Scottish Certificate of Education, 1963
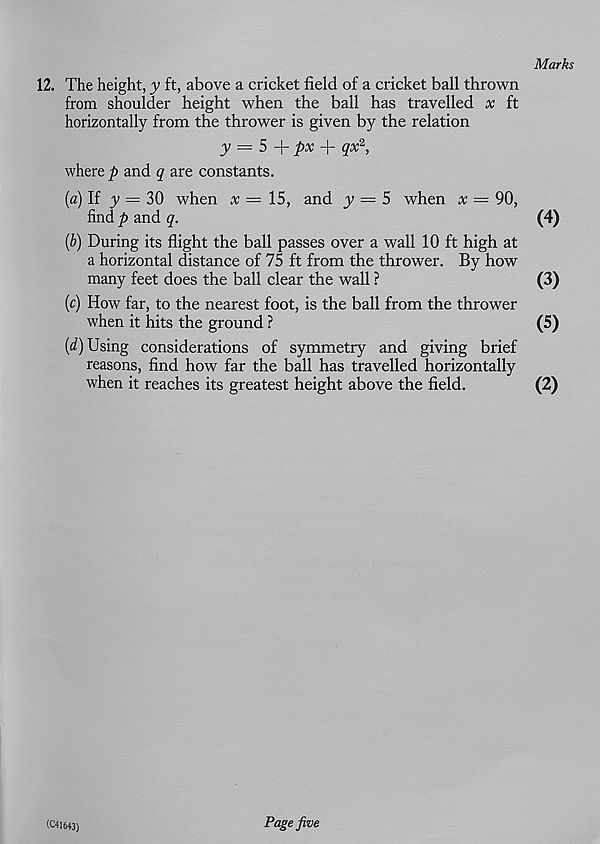
Marks
12. The height, y ft, above a cricket field of a cricket ball thrown
from shoulder height when the ball has travelled x ft
horizontally from the thrower is given by the relation
y — S
px
qx 2 ,
where p and q are constants.
(a) If y = 30 when x = 15, and y = 5 when x = 90,
find p and q.
(4)
(b) During its flight the ball passes over a wall 10 ft high at
a horizontal distance of 75 ft from the thrower. By how
many feet does the ball clear the wall ?
(3)
(c) How far, to the nearest foot, is the ball from the thrower
when it hits the ground ?
(5)
{d) Using considerations of symmetry and giving brief
reasons, find how far the ball has travelled horizontally
when it reaches its greatest height above the field.
(2)
CC41643)
Page five